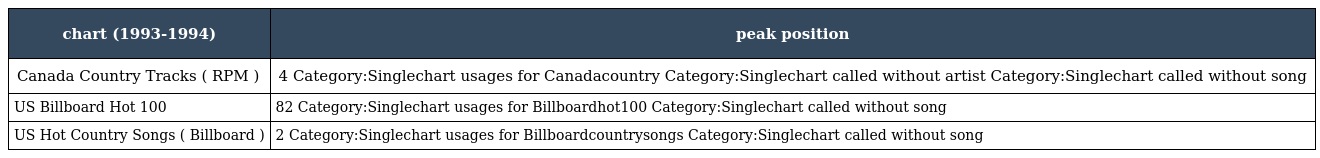
| chart (1993-1994) | peak position |
 | --- | --- |
 | Canada Country Tracks ( RPM ) | 4 Category:Singlechart usages for Canadacountry Category:Singlechart called without artist Category:Singlechart called without song |
 | US Billboard Hot 100 | 82 Category:Singlechart usages for Billboardhot100 Category:Singlechart called without song |
 | US Hot Country Songs ( Billboard ) | 2 Category:Singlechart usages for Billboardcountrysongs Category:Singlechart called without song |